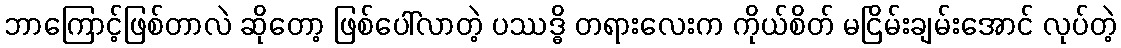
ဘာကြောင့်ဖြစ်တာလဲ ဆိုတော့ ဖြစ်ပေါ်လာတဲ့ ပဿဒ္ဓိ တရားလေးက ကိုယ်စိတ် မငြိမ်းချမ်းအောင် လုပ်တဲ့